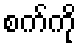
စက်ကို